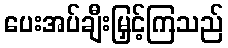
ပေးအပ်ချီးမြှင့်ကြသည်